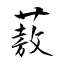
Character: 蔜